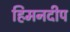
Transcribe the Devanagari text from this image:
हिमनदीप